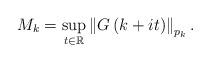
LaTeX: \begin{align*}M_{k}=\sup_{t\in\mathbb{R}}\left\Vert G\left( k+it\right) \right\Vert_{p_{k}}.\end{align*}